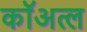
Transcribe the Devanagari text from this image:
कॉअत्ल